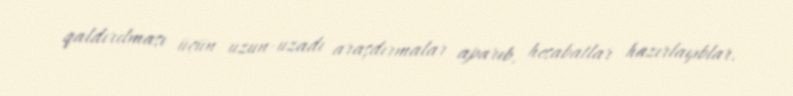
qaldırılması üçün uzun-uzadı araşdırmalar aparıb, hesabatlar hazırlayıblar.